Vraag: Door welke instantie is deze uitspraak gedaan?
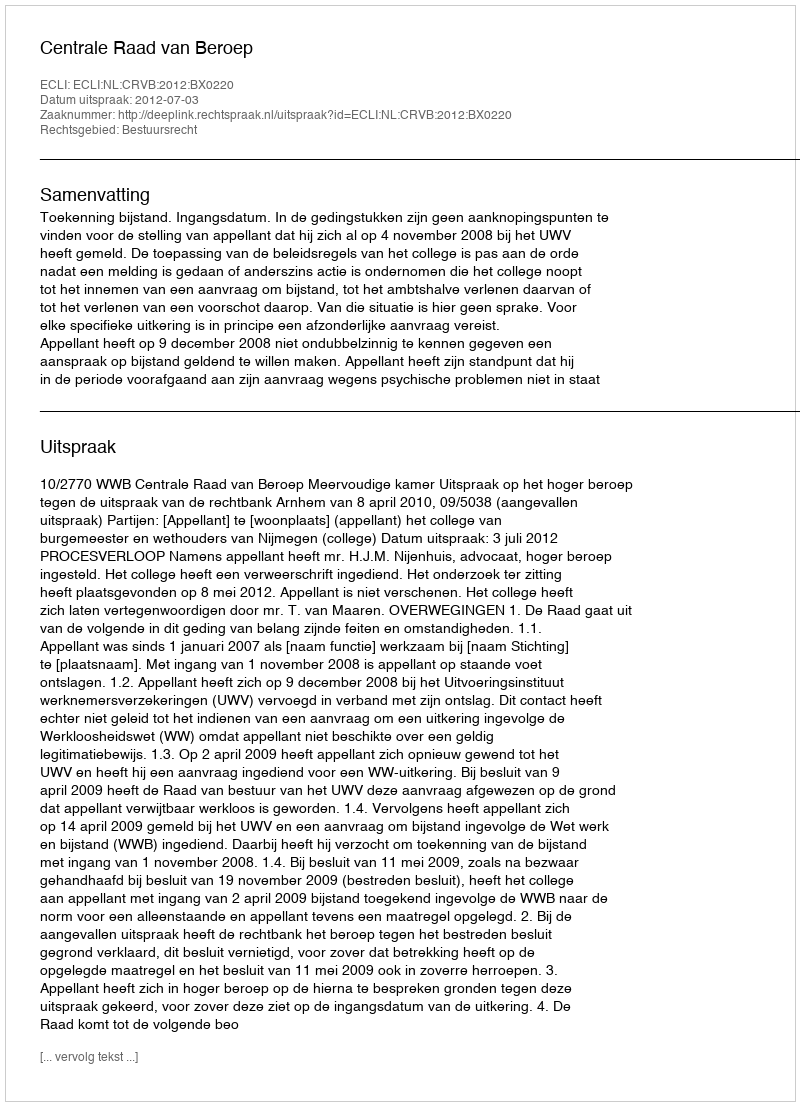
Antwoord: Centrale Raad van Beroep